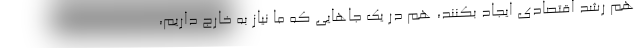
هم رشد اقتصادی ایجاد بکنند، هم در یک جاهایی که ما نیاز به خارج داریم،